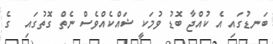
ބަނޑުގައި އެ ކުއްޖާ ބޮޑު ވުމަކީ ޝައްކެއްވެސް ނެތް ގޮތުގައި  ގެ